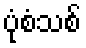
ပုံစံသစ်